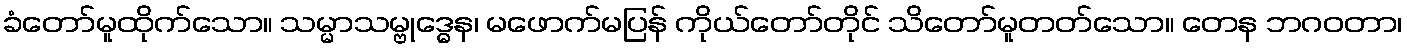
ခံတော်မူထိုက်သော။ သမ္မာသမ္ဗုဒ္ဓေန၊ မဖောက်မပြန် ကိုယ်တော်တိုင် သိတော်မူတတ်သော။ တေန ဘဂဝတာ၊